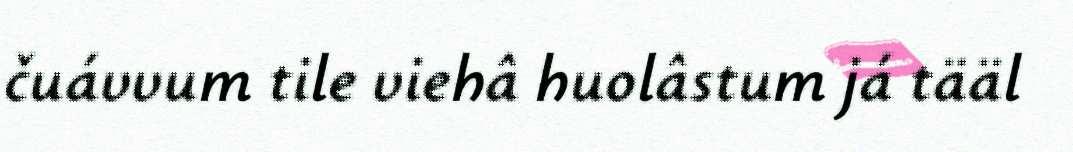
čuávvum tile viehâ huolâstum já tääl